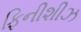
ફિનીશીઝ